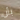
بأن